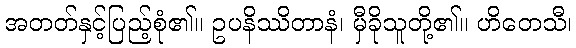
အတတ်နှင့်ပြည့်စုံ၏။ ဥပနိဿိတာနံ၊ မှီခိုသူတို့၏။ ဟိတေသီ၊